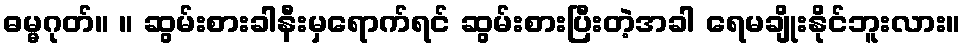
ဓမ္မဂုတ်။ ။ ဆွမ်းစားခါနီးမှရောက်ရင် ဆွမ်းစားပြီးတဲ့အခါ ရေမချိုးနိုင်ဘူးလား။